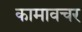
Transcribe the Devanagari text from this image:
कामावचर